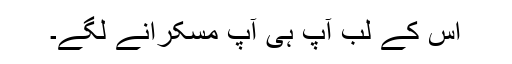
اس کے لب آپ ہی آپ مسکرانے لگے۔